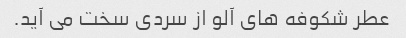
عطر شکوفه های آلو از سردی سخت می آید.